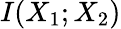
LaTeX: I(X_{1};X_{2})